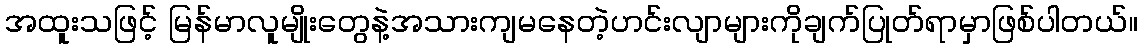
အထူးသဖြင့် မြန်မာလူမျိုးတွေနဲ့အသားကျမနေတဲ့ဟင်းလျာများကိုချက်ပြုတ်ရာမှာဖြစ်ပါတယ်။